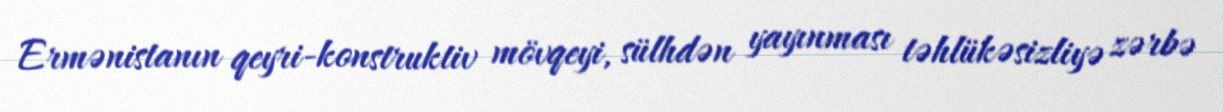
Ermənistanın qeyri-konstruktiv mövqeyi, sülhdən yayınması təhlükəsizliyə zərbə